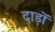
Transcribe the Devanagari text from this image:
दाड़ों